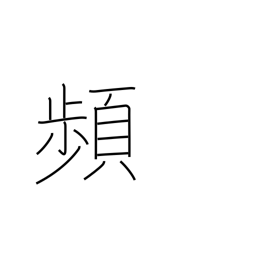
Meaning: recur